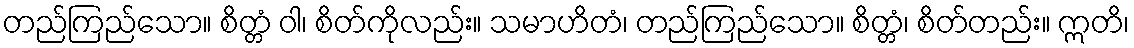
တည်ကြည်သော။ စိတ္တံ ဝါ၊ စိတ်ကိုလည်း။ သမာဟိတံ၊ တည်ကြည်သော။ စိတ္တံ၊ စိတ်တည်း။ ဣတိ၊